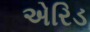
એરિડ